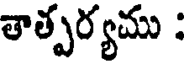
తాత్పర్యము :